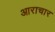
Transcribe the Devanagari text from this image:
आराचार